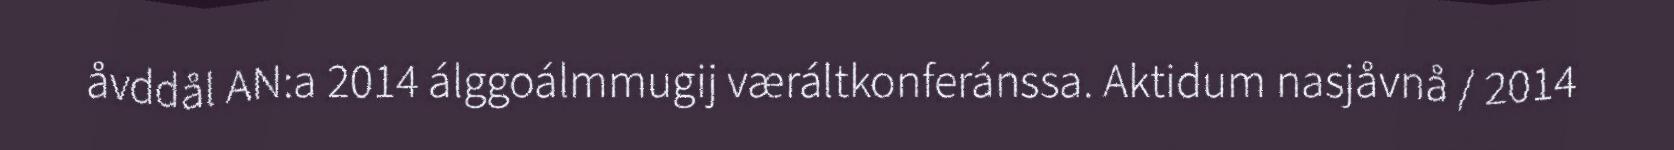
åvddål AN:a 2014 álggoálmmugij væráltkonferánssa. Aktidum nasjåvnå / 2014